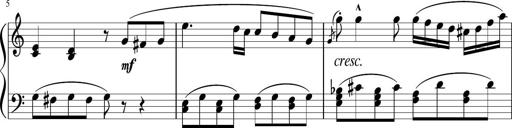
Title: 3 Sonatinen
Composer: Heinrich Lichner